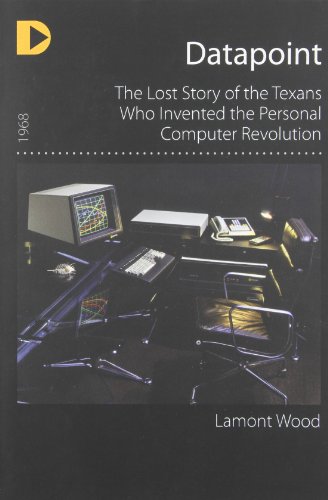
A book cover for Datapoint: The Lost Story of the Texans Who Invented the Personal Computer Revolution; Lamont Wood; Computers & Technology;